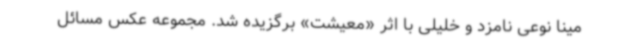
مینا نوعی نامزد و خلیلی با اثر «معیشت» برگزیده شد. مجموعه عکس مسائل